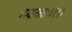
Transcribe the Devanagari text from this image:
भयात्ततः॥११॥